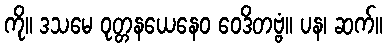
ကို။ ဒသမေ ဝုတ္တနယေနေဝ ဝေဒိတဗ္ဗံ။ ပန၊ ဆက်။